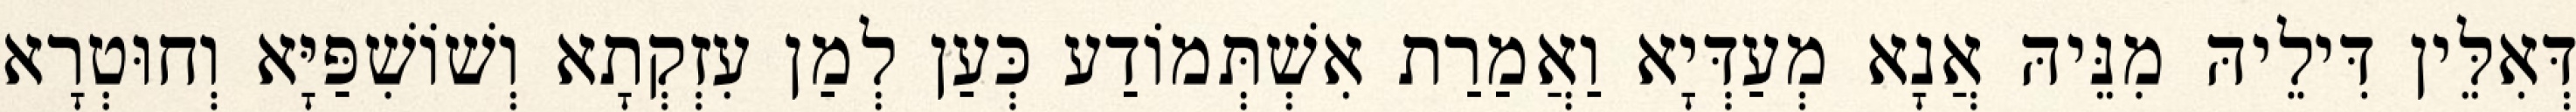
דְּאִלֵּין דִּילֵיהּ מִנֵּיהּ אֲנָא מְעַדְּיָא וַאֲמַרַת אִשְׁתְּמוֹדַע כְּעַן לְמַן עִזְקְתָא וְשׁוֹשִׁפַּיָּא וְחוּטְרָא